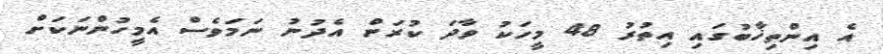
އެ އިންތިޚާބުގައި އިތުރު 48 މީހަކު ވާދަ ކުރަން އެދުނު ނަމަވެސް އެމީހުންނަކަށް